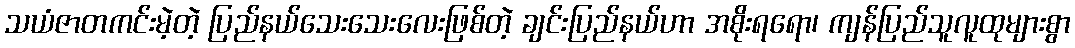
သယံဇာတကင်းမဲ့တဲ့ ပြည်နယ်သေးသေးလေးဖြစ်တဲ့ ချင်းပြည်နယ်ဟာ အစိုးရရော၊ ကျန်ပြည်သူလူထုများစွာ